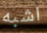
اشبه